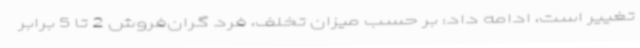
تغییر است، ادامه داد: بر حسب میزان تخلف، فرد گران‌فروش 2 تا 5 برابر